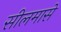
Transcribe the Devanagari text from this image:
सीलमासे